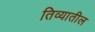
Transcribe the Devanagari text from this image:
तिव्यातील